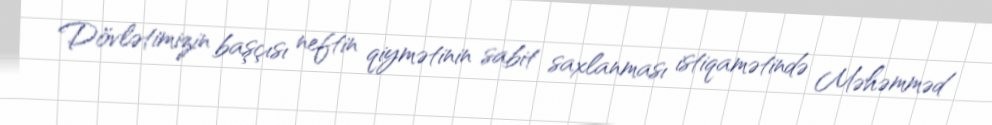
Dövlətimizin başçısı neftin qiymətinin sabit saxlanması istiqamətində Məhəmməd